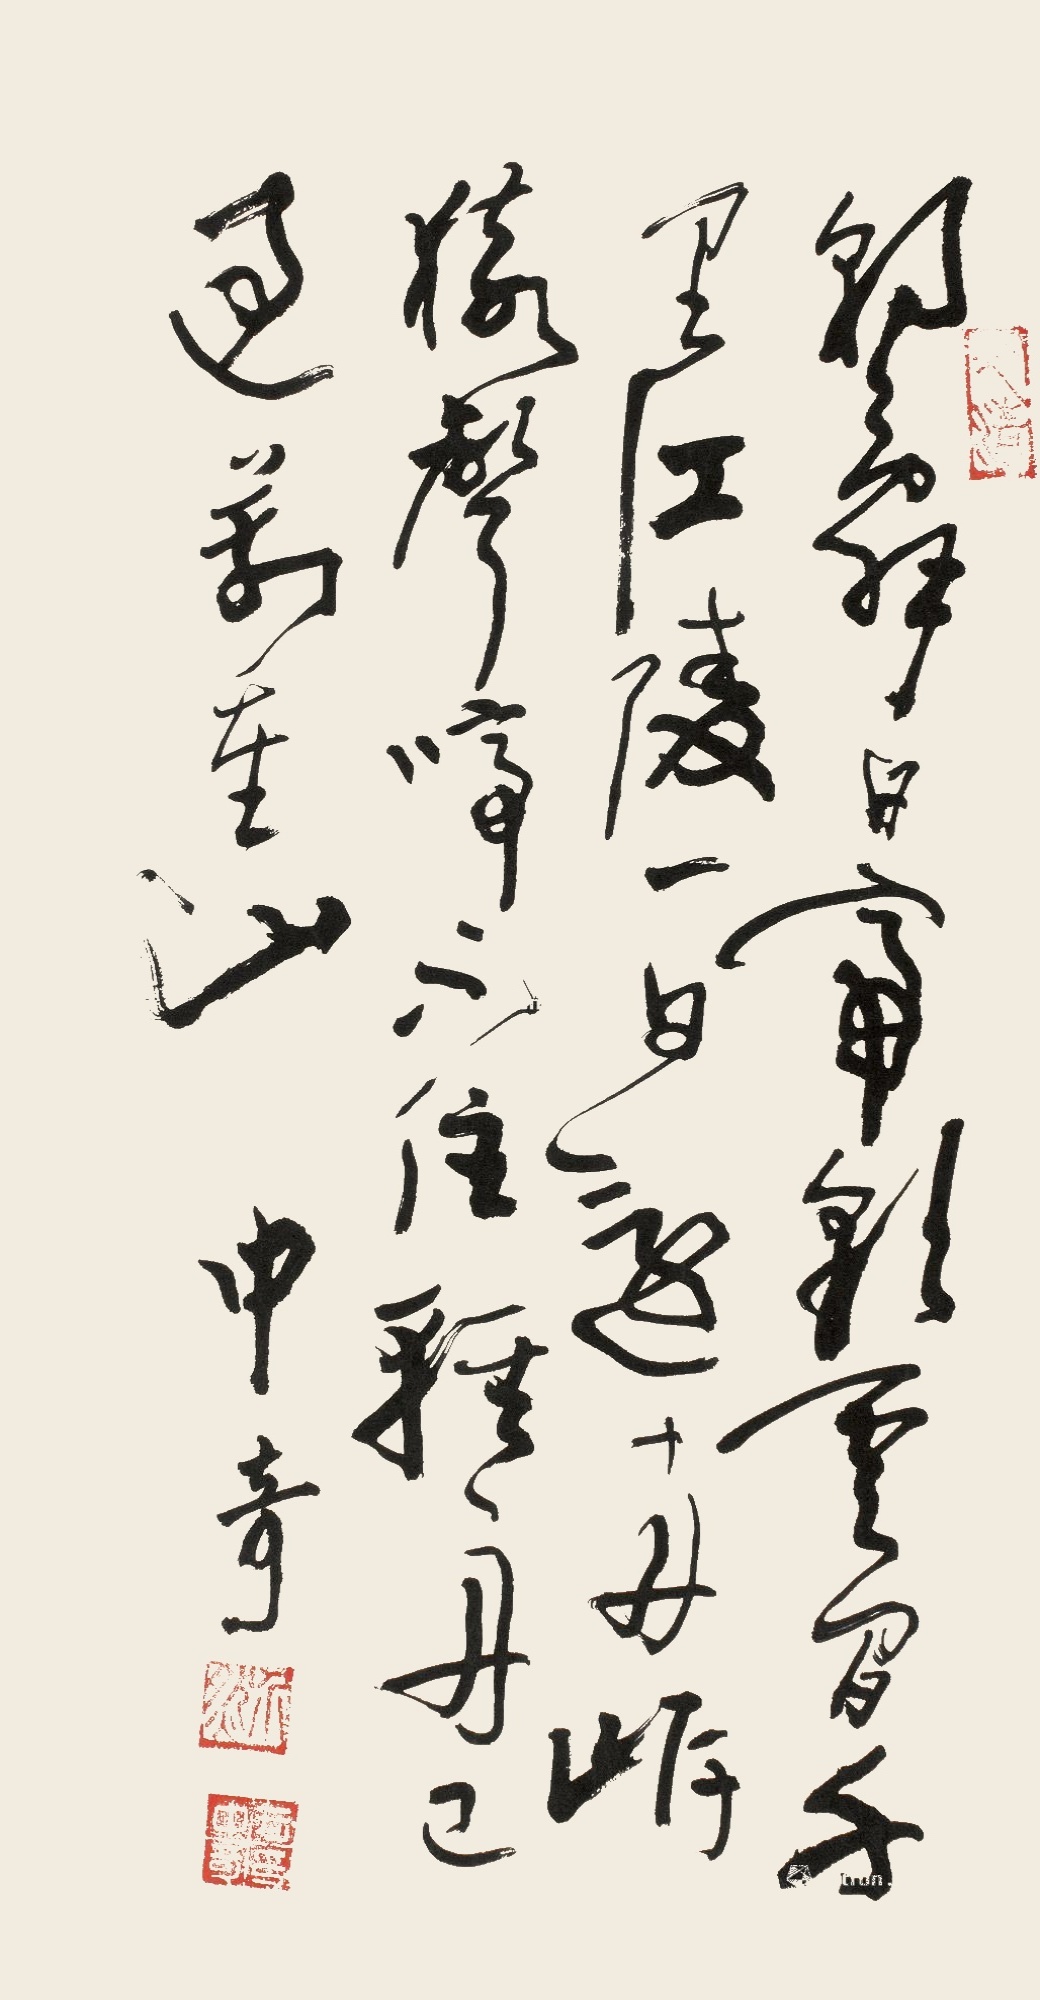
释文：朝辞白帝彩云间，千里江陵一日还。两岸猿声啼不住，轻舟已过万重山。中奇。